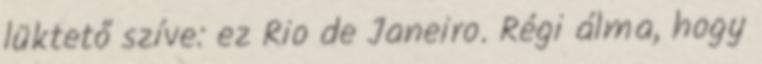
lüktető szíve: ez Rio de Janeiro. Régi álma, hogy